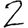
Digit: 2